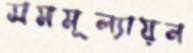
সমমূল্যায়ন